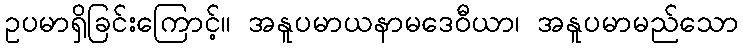
ဥပမာရှိခြင်းကြောင့်။ အနူပမာယနာမဒေဝီယာ၊ အနူပမာမည်သော